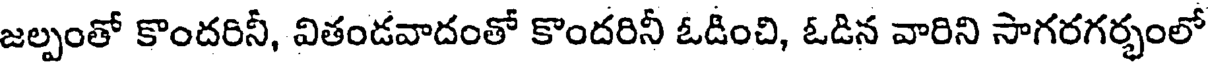
జల్పంతో కొందరినీ, వితండవాదంతో కొందరినీ ఓడించి, ఓడిన వారిని సాగరగర్భంలో